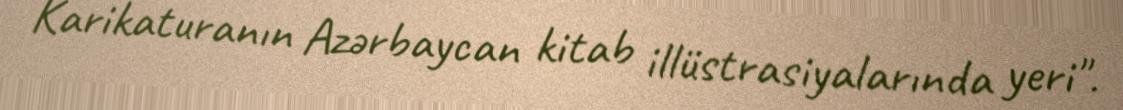
Karikaturanın Azərbaycan kitab illüstrasiyalarında yeri".